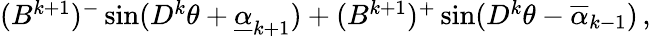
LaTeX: \begin{array}{r}{(B^{k+1})^{-}\sin(D^{k}\theta+\underline{{\alpha}}_{k+1})+(B^{k+1})^{+}\sin(D^{k}\theta-\overline{{\alpha}}_{k-1})\, ,}\end{array}